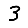
Digit: 3